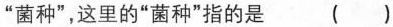
”菌种”，这里的”菌种”指的是 ( )